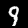
Label: 9